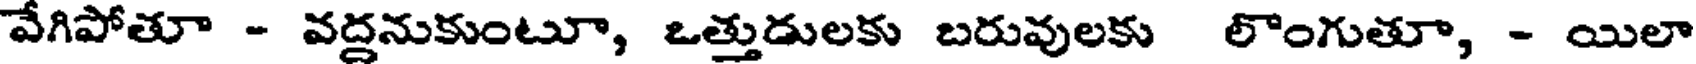
వేగిపోతూ - వద్దనుకుంటూ, ఒత్తుడులకు బరువులకు లొంగుతూ, - యిలా